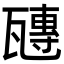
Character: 𤮍